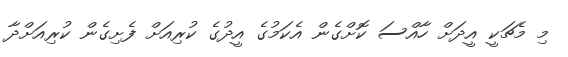
މި މެޗަކީ އީދަށް ހާއްސަ ކޮށްގެން އެކަމުގެ އީދުގެ ކުރިއަށް ފެށިގެން ކުރިއަށްދާ